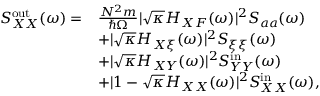
\begin{array} { r l } { S _ { X X } ^ { \mathrm { o u t } } ( \omega ) = } & { \frac { N ^ { 2 } m } { \hbar \Omega } | \sqrt { \kappa } H _ { X F } ( \omega ) | ^ { 2 } S _ { a a } ( \omega ) } \\ & { + | \sqrt { \kappa } H _ { X \xi } ( \omega ) | ^ { 2 } S _ { \xi \xi } ( \omega ) } \\ & { + | \sqrt { \kappa } H _ { X Y } ( \omega ) | ^ { 2 } S _ { Y Y } ^ { \mathrm { i n } } ( \omega ) } \\ & { + | 1 - \sqrt { \kappa } H _ { X X } ( \omega ) | ^ { 2 } S _ { X X } ^ { \mathrm { i n } } ( \omega ) , } \end{array}